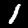
Digit: 1